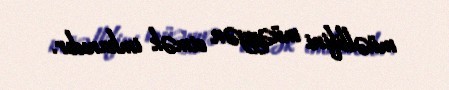
müəllifini müəyyən etmək imkanıdır.